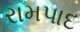
રામપાદ